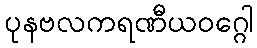
ပုနဗလကရဏီယဝဂ္ဂေါ